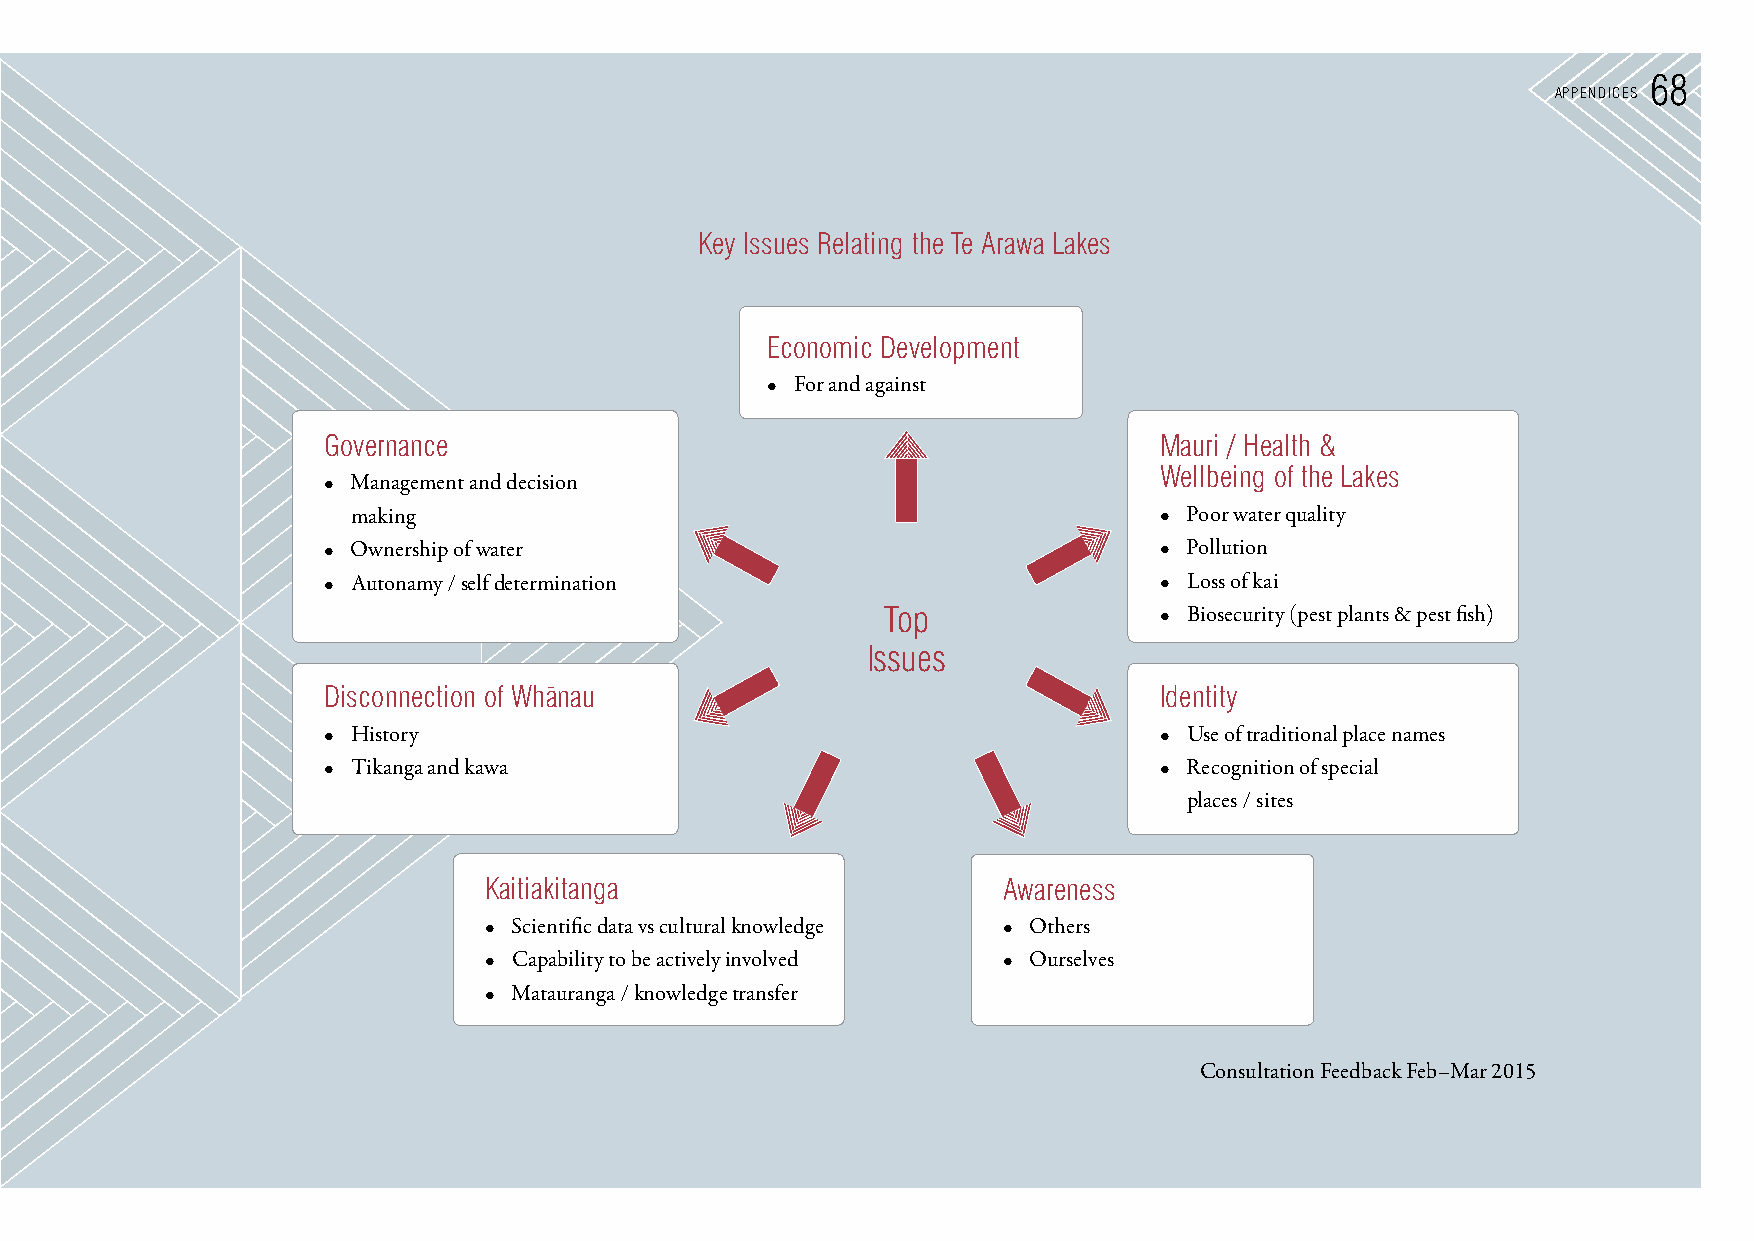
2268
 AppendIces
 Key Issues Relating the Te Arawa Lakes
 economic development
 • For and against
 Governance                                              Mauri / Health &
 Wellbeing of the Lakes
 • Management and decision
 making                                                • Poor water quality
 • Ownership of water                                    • Pollution
 • Autonamy / self determination                         • Loss of kai
 Top               • Biosecurity (pest plants & pest fish)
 Issues
 disconnection of Wh¯anau                                Identity
 • History                                               • Use of traditional place names
 • Tikanga and kawa                                      • Recognition of special
 places / sites
 Kaitiakitanga                     Awareness
 • Scientific data vs cultural knowledge • Others
 • Capability to be actively involved • Ourselves
 • Matauranga / knowledge transfer
 Consultation Feedback Feb–Mar 2015